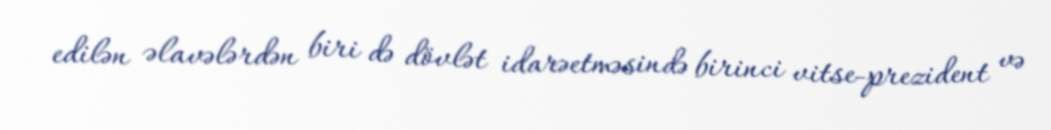
edilən əlavələrdən biri də dövlət idarəetməsində birinci vitse-prezident və